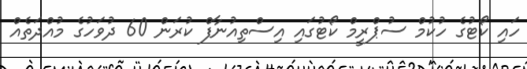
ހައި ކޯޓުގެ ހުކުމް ސުޕްރީމް ކޯޓުގައި އިސްތިއުނާފް ކުރަން 60 ދުވަހުގެ މުއްދަތެއް